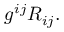
g ^ { i j } R _ { i j } .